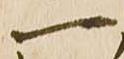
一